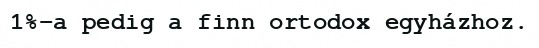
1%-a pedig a finn ortodox egyházhoz.